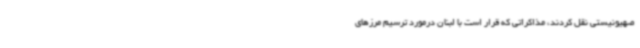
صهیونیستی نقل کردند، مذاکراتی که قرار است با لبنان درمورد ترسیم مرزهای